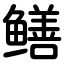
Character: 鳝